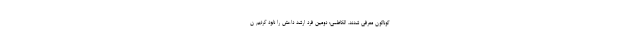
گوناگون معرفی شدند. الکاظمی: دومین فرد ارشد داعش را نابود کردیم ن